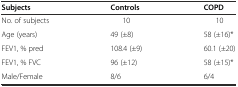
<table><thead><tr><td><b>Subjects</b></td><td><b>Controls</b></td><td><b>COPD</b></td></tr></thead><tbody><tr><td>No. of subjects</td><td>10</td><td>10</td></tr><tr><td>Age (years)</td><td>49 (±8)</td><td>58 (±16)*</td></tr><tr><td>FEV1, % pred</td><td>108.4 (±9)</td><td>60.1 (±20)</td></tr><tr><td>FEV1, % FVC</td><td>96 (±12)</td><td>58 (±15)*</td></tr><tr><td>Male/Female</td><td>8/6</td><td>6/4</td></tr></tbody></table>